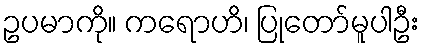
ဥပမာကို။ ကရောဟိ၊ ပြုတော်မူပါဦး